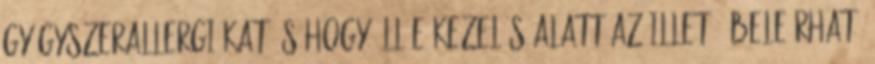
gyógyszerallergiákat és hogy áll-e kezelés alatt az illető. Beleírható